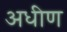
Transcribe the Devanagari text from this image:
अधीण